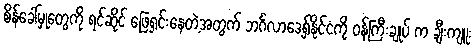
စိန်ခေါ်မှုတွေကို ရင်ဆိုင် ဖြေရှင်းနေတဲ့အတွက် ဘင်္ဂလာဒေ့ရှ်နိုင်ငံကို ဝန်ကြီးချုပ် က ချီးကျူး